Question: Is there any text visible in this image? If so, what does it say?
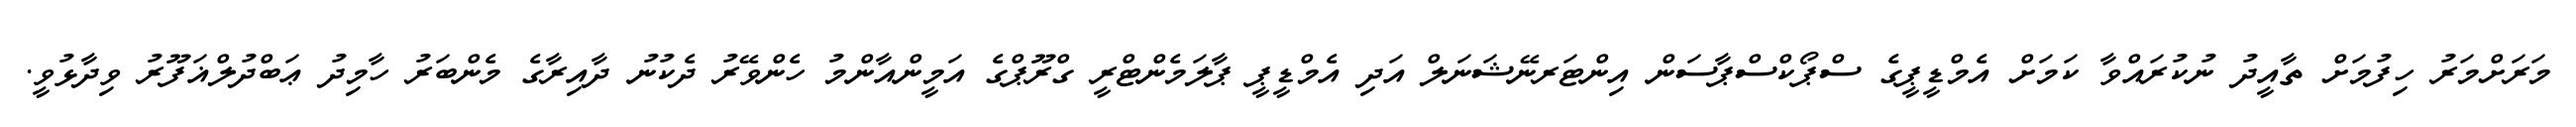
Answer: މަރަށްމަރު ހިފުމަށް ތާއީދު ނުކުރައްވާ ކަމަށް އެމްޑީޕީގެ ސްޕޯކްސްޕާސަން އިންޓަރނޭޝަނަލް އަދި އެމްޑީޕީ ޕާލަމެންޓްރީ ގްރޫޕްގެ އަމީންއާންމު ހެންވޭރު ދެކުނު ދާއިރާގެ މެންބަރު ހާމިދު ޢަބްދުލްޣަފޫރު ވިދާޅުވީ.